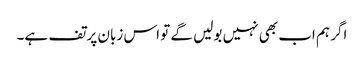
اگر ہم اب بھی نہیں بولیں گے تو اس زبان پر تف ہے۔